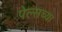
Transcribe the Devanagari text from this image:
पेल्सच्या